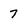
Character: 7